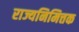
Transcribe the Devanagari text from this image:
राज्यनिमित्तक